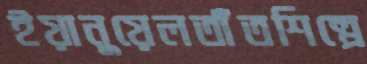
ইয়ানুয়েলতাঁতশিল্পে